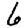
Digit: 6